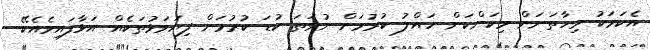
އެކަމަކު މިހާތަނަށް މިކަންކަން ހައްލު ކުރުމަށް ނުވަތަ ކުޑަ ކުރުމަށް ފިޔަވަޅުތަކެއް އަޅާފައިވެއެކޭ